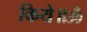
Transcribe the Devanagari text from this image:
किये॥ॐ